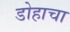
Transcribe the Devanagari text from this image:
डोहाचा